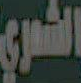
الشعري